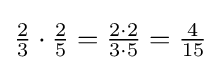
{\tfrac {2}{3}}\cdot {\tfrac {2}{5}}={\tfrac {2\cdot 2}{3\cdot 5}}={\tfrac {4}{15}}